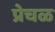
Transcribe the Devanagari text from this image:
प्रेचळ